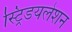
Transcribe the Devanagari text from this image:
स्ट्रिडयलेशन